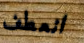
انعطف